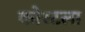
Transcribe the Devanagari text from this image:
कोस्टला